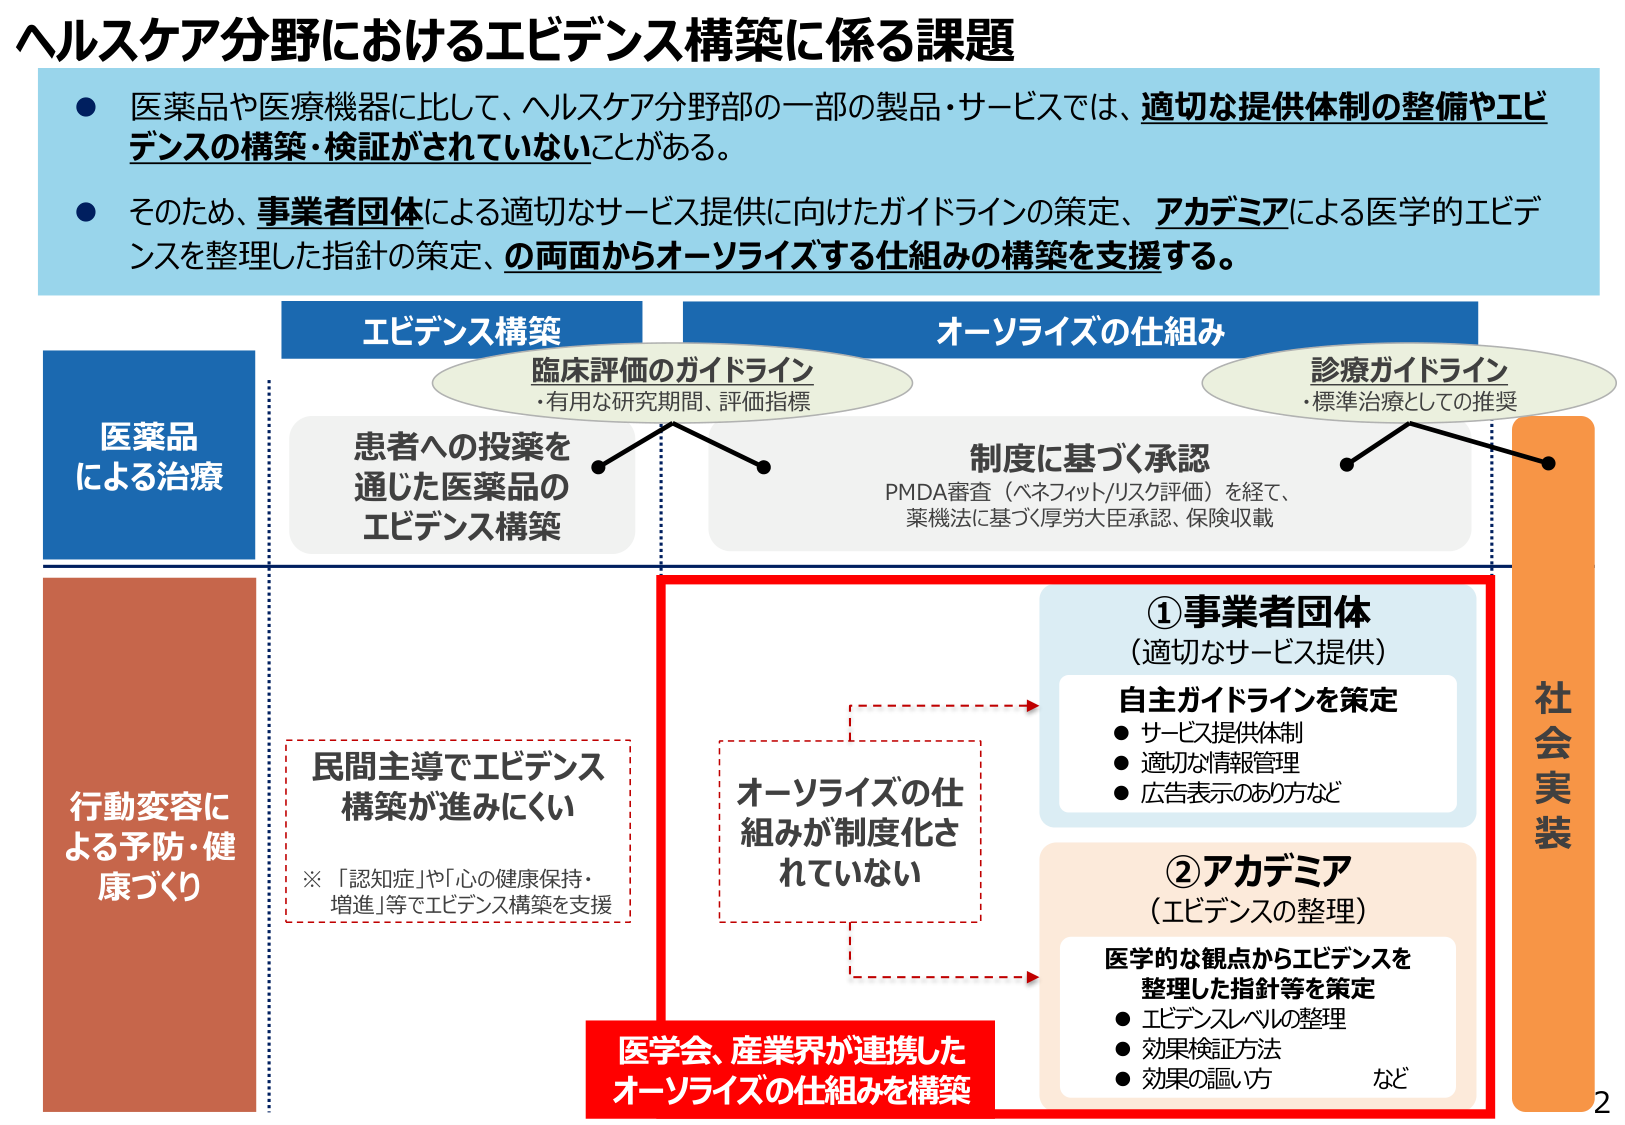
ヘルスケア分野におけるエビデンス構築に係る課題

● 医薬品や医療機器に比して、ヘルスケア分野部の一部の製品・サービスでは、適切な提供体制の整備やエビデンスの構築・検証がされていないことがある。

● そのため、事業者団体による適切なサービス提供に向けたガイドラインの策定、アカデミアによる医学的エビデンスを整理した指針の策定、の両面からオーソライズする仕組みの構築を支援する。

エビデンス構築
臨床評価のガイドライン
・有用な研究期間、評価指標

オーソライズの仕組み
診療ガイドライン
・標準治療としての推奨

医薬品
による治療

患者への投薬を
通じた医薬品の
エビデンス構築

制度に基づく承認
PMDA審査（ベネフィット/リスク評価）を経て、
薬機法に基づく厚労大臣承認、保険収載

行動変容に
よる予防・健
康づくり

民間主導でエビデンス
構築が進みにくい
※「認知症」や「心の健康保持・
増進」等でエビデンス構築を支援

オーソライズの仕
組みが制度化さ
れていない

①事業者団体
（適切なサービス提供）
自主ガイドラインを策定
● サービス提供体制
● 適切な情報管理
● 広告表示のあり方など

②アカデミア
（エビデンスの整理）
医学的な観点からエビデンスを
整理した指針等を策定
● エビデンスレベルの整理
● 効果検証方法
● 効果の謳い方 など

医学会、産業界が連携した
オーソライズの仕組みを構築

社会実装

2